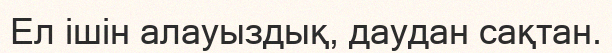
Ел ішін алауыздық, даудан сақтан.